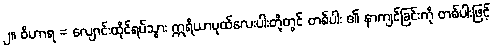
၂။ ဝိဟာရ = လျောင်းထိုင်ရပ်သွား ဣရိယာပုထ်လေးပါးတို့တွင် တစ်ပါး ၏ နာကျင်ခြင်းကို တစ်ပါးဖြင့်